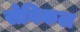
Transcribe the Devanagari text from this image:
सेविकल